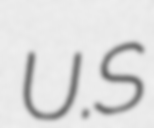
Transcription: U.S